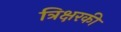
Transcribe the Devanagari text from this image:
त्रिक्षरकी